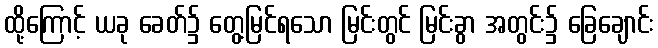
ထို့ကြောင့် ယခု ခေတ်၌ တွေ့မြင်ရသော မြင်းတွင် မြင်းခွာ အတွင်း၌ ခြေချောင်း